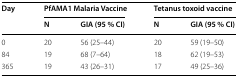
<table><thead><tr><td rowspan="2"><b>Day</b></td><td colspan="2"><b>PfAMA1 Malaria Vaccine</b></td><td colspan="2"><b>Tetanus toxoid vaccine</b></td></tr><tr><td><b>N</b></td><td><b>GIA (95 % CI)</b></td><td><b>N</b></td><td><b>GIA (95 % CI)</b></td></tr></thead><tbody><tr><td>0</td><td>20</td><td>56 (25–44)</td><td>20</td><td>59 (19–50)</td></tr><tr><td>84</td><td>19</td><td>68 (7–64)</td><td>18</td><td>62 (19–53)</td></tr><tr><td>365</td><td>19</td><td>43 (26–31)</td><td>17</td><td>49 (25–36)</td></tr></tbody></table>